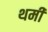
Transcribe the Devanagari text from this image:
थमी